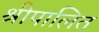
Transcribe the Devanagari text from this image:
श्रीपालित